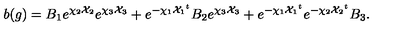
b ( g ) = B _ { 1 } e ^ { \chi _ { 2 } { \cal X } _ { 2 } } e ^ { \chi _ { 3 } { \cal X } _ { 3 } } + e ^ { - \chi _ { 1 } { { \cal X } _ { 1 } } ^ { t } } B _ { 2 } e ^ { \chi _ { 3 } { \cal X } _ { 3 } } + e ^ { - \chi _ { 1 } { { \cal X } _ { 1 } } ^ { t } } e ^ { - \chi _ { 2 } { { \cal X } _ { 2 } } ^ { t } } B _ { 3 } .